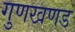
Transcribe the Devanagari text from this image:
गुणखणड